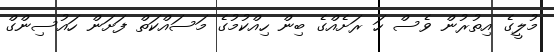
މުލީގެ އިތުރުން ވެސް ހަ ރަށެއްގެ ބިން ހިއްކުމުގެ މަސައްކަތް ފަށަން ހައުސިންގް